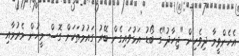
އެހެންވީމާ ދިވެހިން "ޖިހާދު"ގެ ބޯޑު އަޅުވައިގެން ބޭރު ގައުމުތަކަށް ގޮސް މީހުން މެރުމާއި